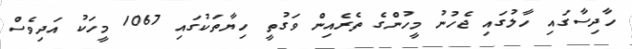
ހާދިސާގައި ހާލުގައި ޖެހުނު މީހުންގެ ތެރެއިން ވަގުތީ ހިޔާތަކުގައި 1067 މީހަކު އަދިވެސް